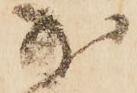
少